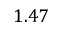
1 . 4 7